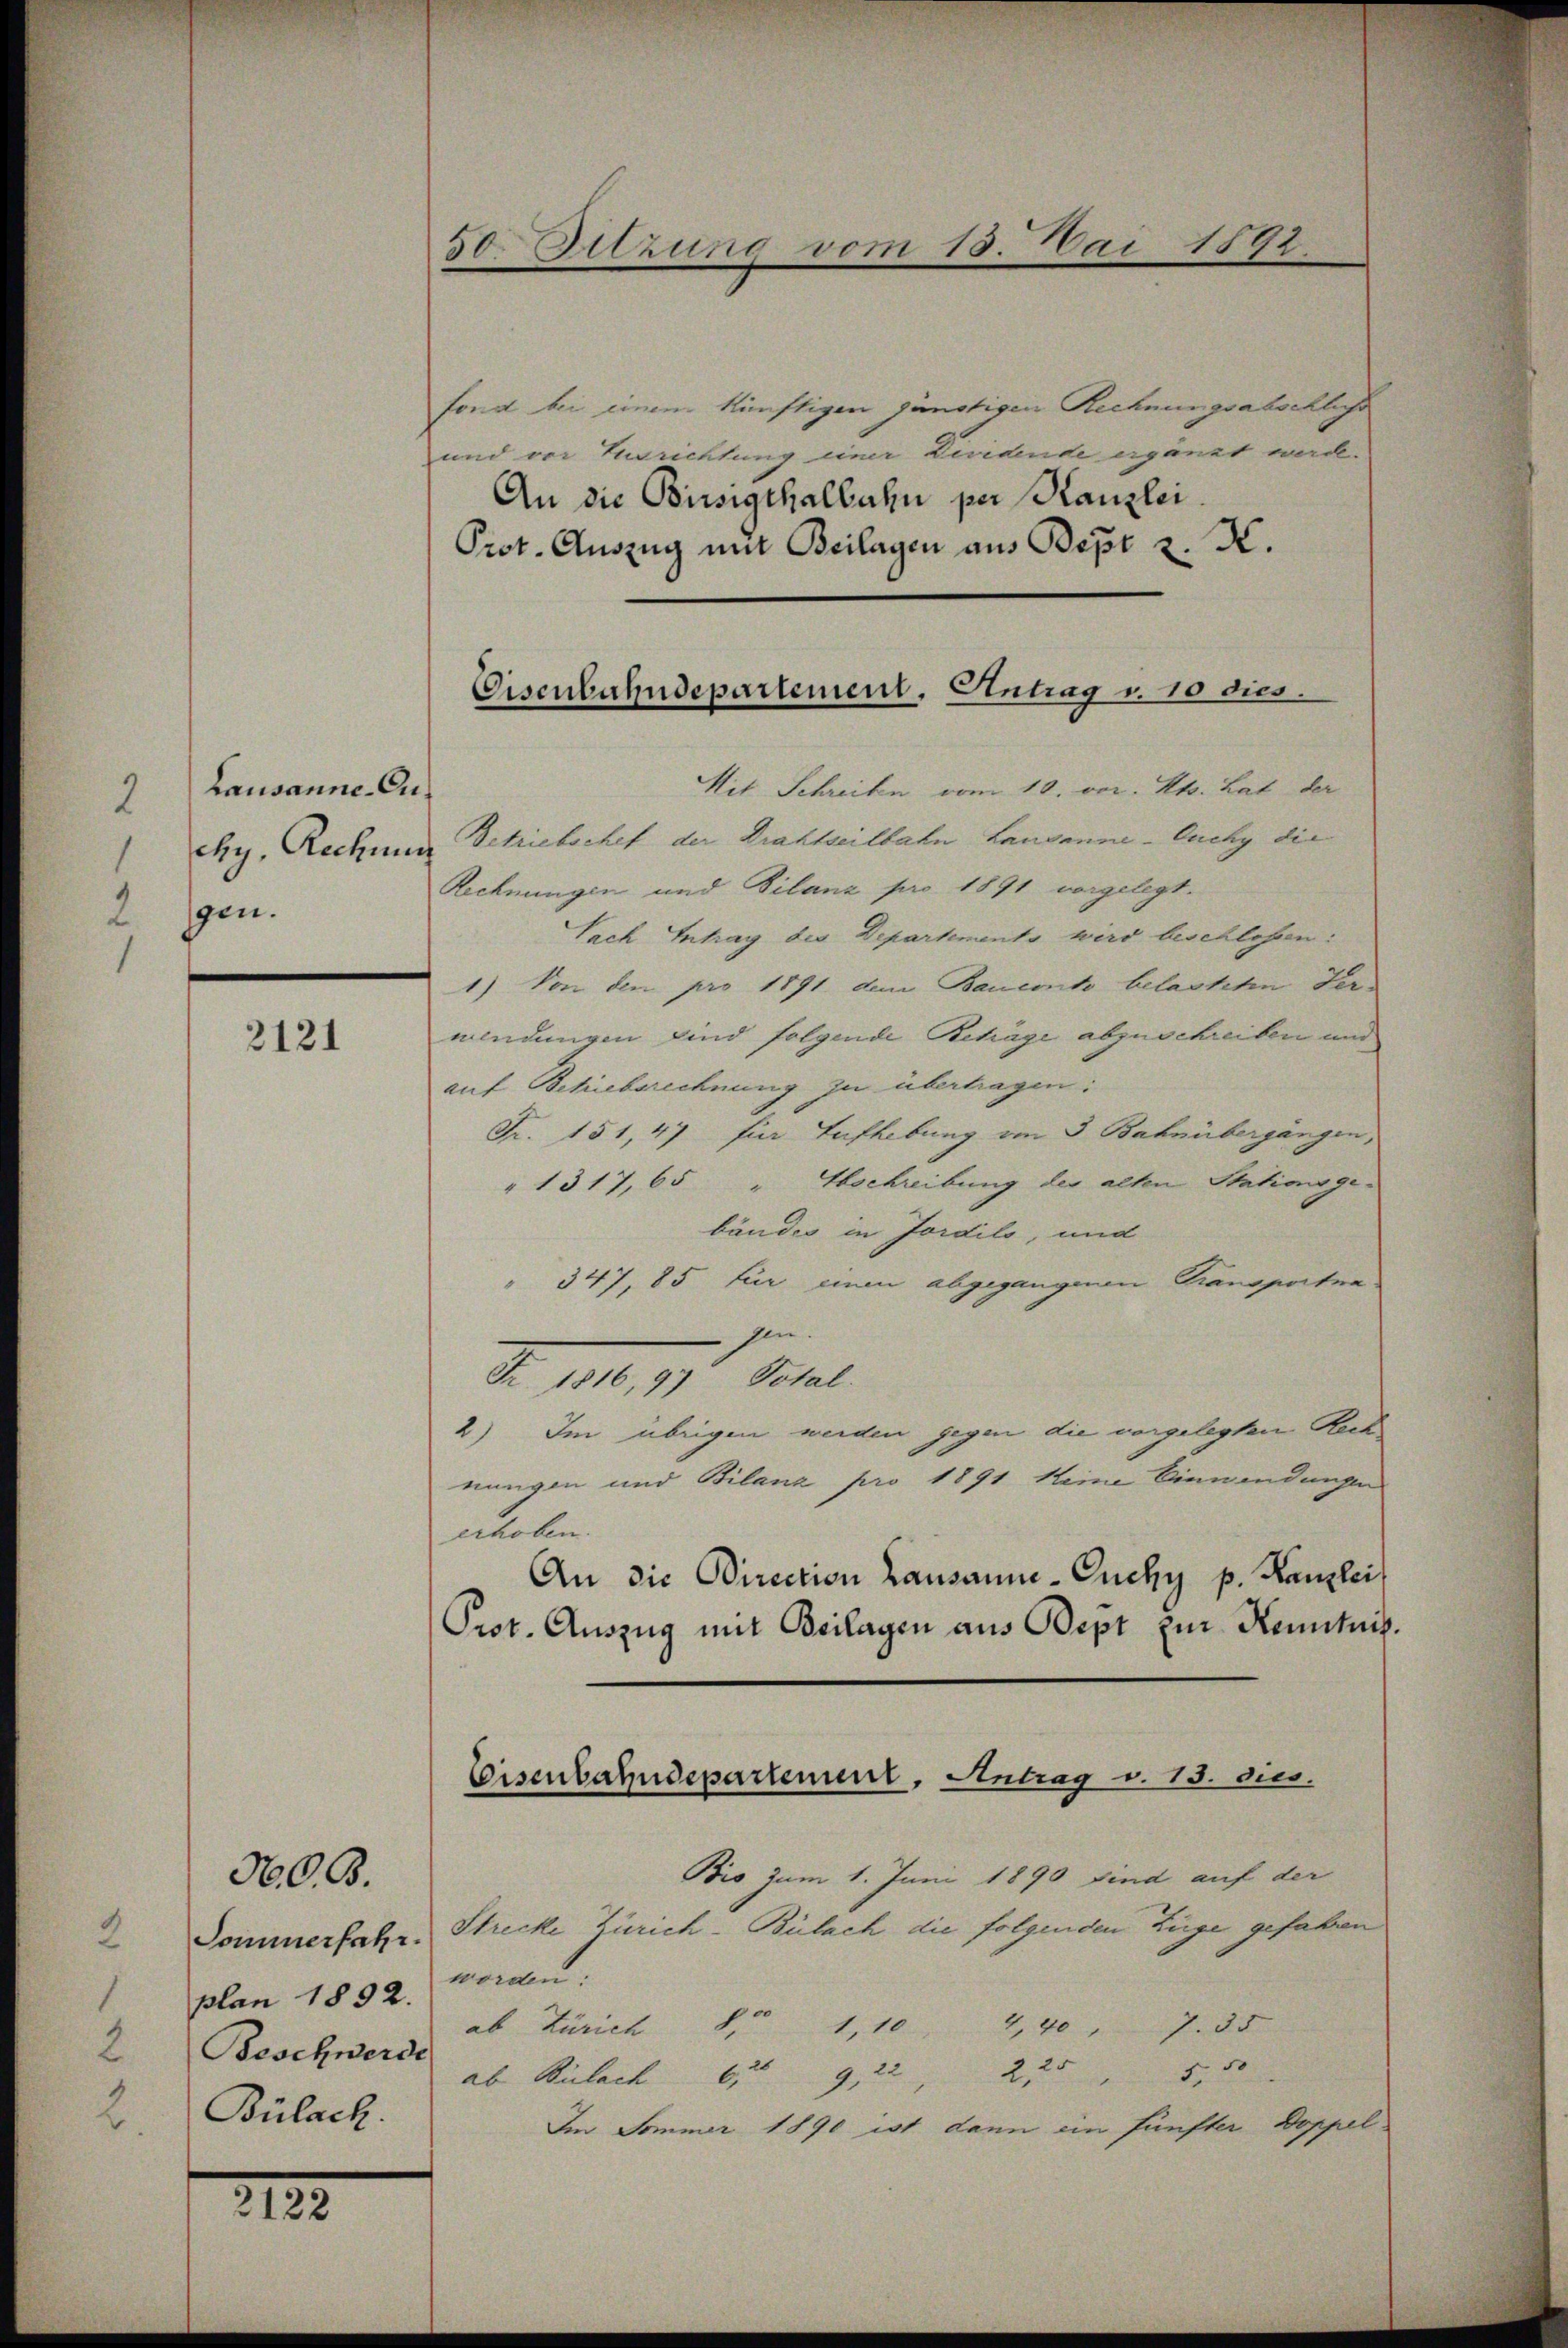
Lausanne-Cu¬
2
chy, Rechnung
gen.

2121

plan 1892.
Beschwerde
Bülach.

N.O.B.

2132.

50. Sitzung vom 15. Mai 1898

fond bei einem künftigen günstigen Rechnungsabschliche
und vor Zurichtung einer Dividende ergänzt werde.
An die Birsigthalbahn per Kanzlei.
Prot. Auszug mit Beilagen aus Bept v. K.

Eisenbahndepartement, Antrag v. 10 dies

Mit Schreiben vom 10. vor. Mts. hat der
Betriebschef der Drahtseilbahn Lausanne - Ouchy die
Rechnungen und Bilanz pro 1891 vorgelegt.
Sach Intrag des Departements wird beschlossen:
1) Von den pro 1891. dem Bauconto belasteten Ferwendungen sind folgende Beträge abzuschreiben und
auf Beliebsrechnung zu übertragen:
Fr. 151,47 für Aufhebung von 3 Bahnübergängen,
" 1317, 65 " Abschreibung der alten Stationsgebäudes in Jordils, und
" 347, 85 für einen abgegangenen Transportna
hin.
Fr. 1816, 97 Total.
2) Im übrigen werden gegen die vorgelegten Rech
nungen und Bilana pro 1891 keine Einwendungen
erhoben.
An die Direction Lausanne-Cuchy p. Kanzlei
Prot. Auszug mit Beilagen aus Dept zur Kenntnis.
Bio zum 1. Juni 1890 sind auf der
Sommerfahr. Strecke Zürich-Bülach die folgenden Züge gefahren
worden:
ab Zürich 8 1, 10 4,40 " 7. 35
ab Bülach            9, 22, 233 5 50
Im Sommer 1890 ist dann ein fünfter Doppel¬

Eisenbahndepartement, Antrag v. 13. dies.